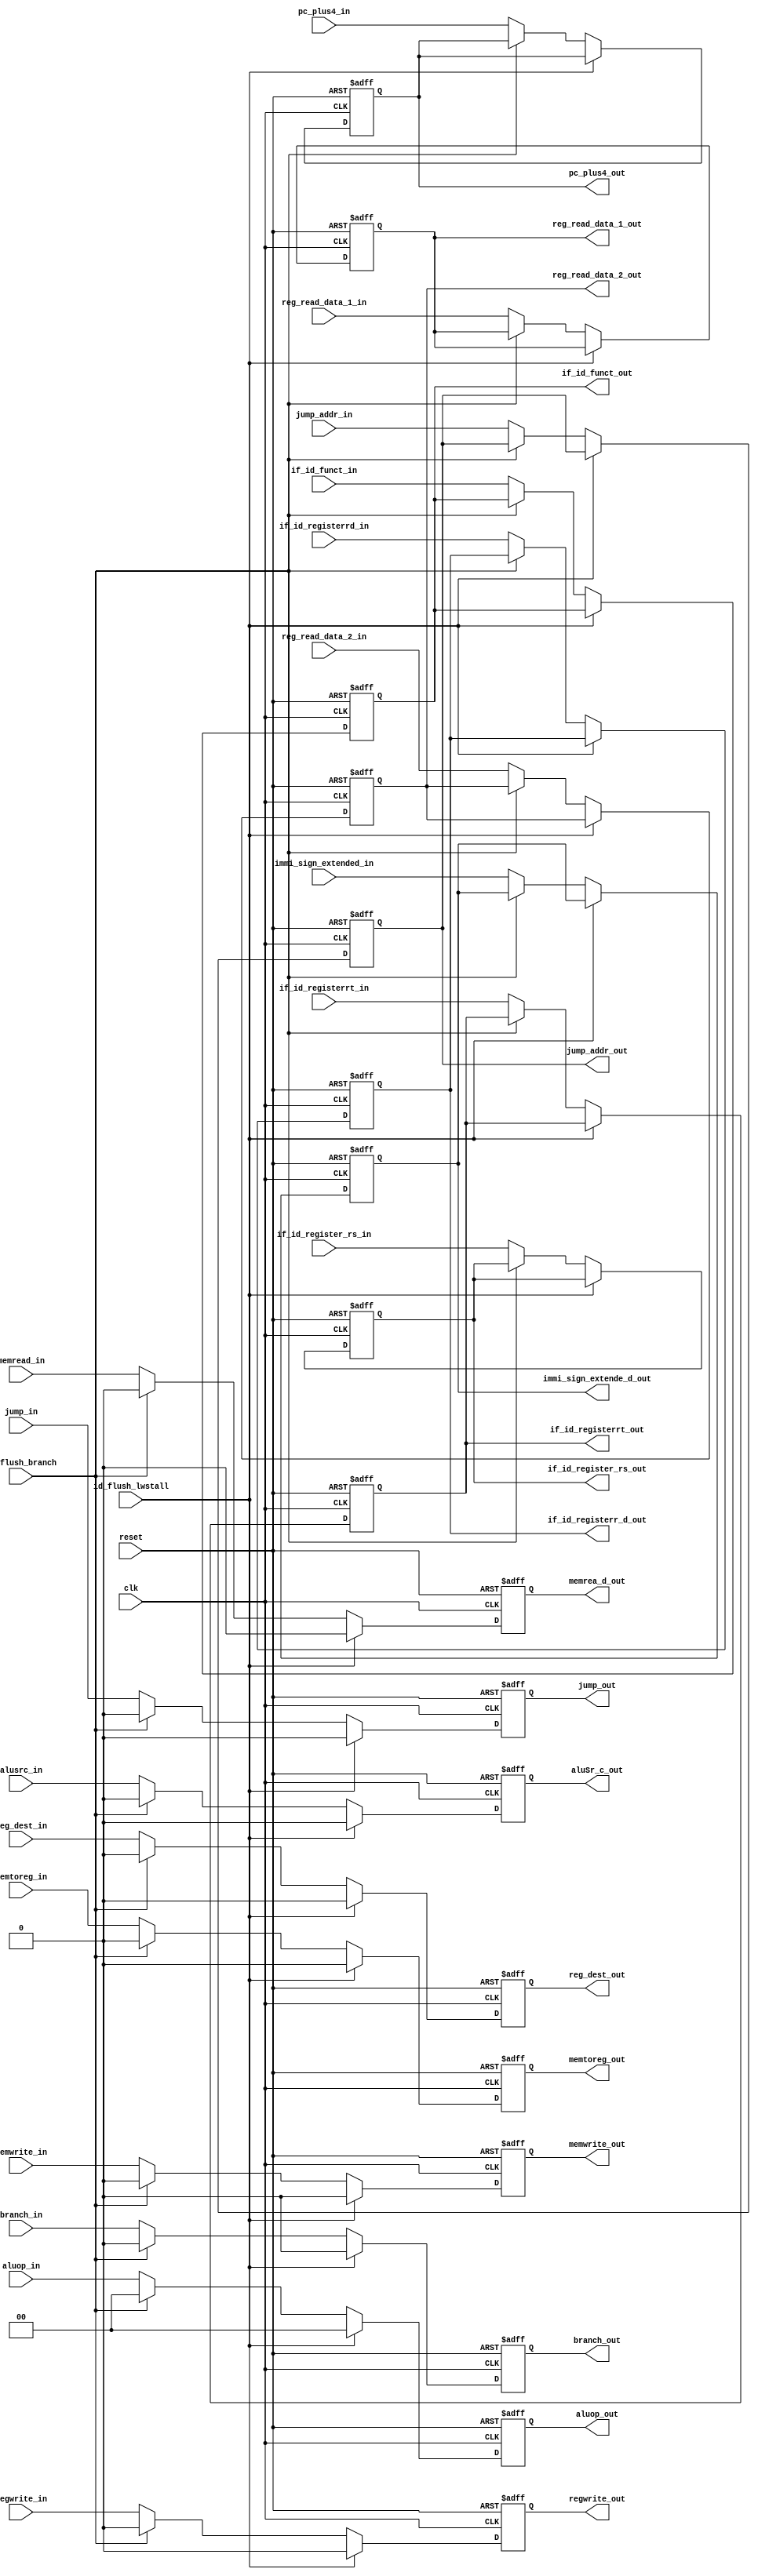
module id_ex_stage_reg (id_flush_lwstall, id_flush_branch, regwrite_in, memtoreg_in, regwrite_out, memtoreg_out, branch_in, memread_in, memwrite_in, jump_in, branch_out, memrea_d_out, memwrite_out, jump_out, reg_dest_in, alusrc_in, reg_dest_out, aluSr_c_out, aluop_in, aluop_out, jump_addr_in, pc_plus4_in, jump_addr_out, pc_plus4_out, reg_read_data_1_in, reg_read_data_2_in, immi_sign_extended_in, reg_read_data_1_out, reg_read_data_2_out, immi_sign_extende_d_out, if_id_register_rs_in, if_id_registerrt_in, if_id_registerrd_in, if_id_register_rs_out, if_id_registerrt_out, if_id_registerr_d_out,if_id_funct_in, if_id_funct_out,clk, reset);
	// 1. hazard control signal (sync rising edge)
	// if either id_flush_lwstall or id_flush_branch equals 1,
	// then clear all wb, mem and ex control signal to 0 on rising edge
	// do not need to clear addr, data or reg content
	input id_flush_lwstall, id_flush_branch;
	// 2. wb control signal
	input regwrite_in, memtoreg_in;
	output regwrite_out, memtoreg_out;
	// 3. mem control signal
	input branch_in, memread_in, memwrite_in, jump_in;
	output branch_out, memrea_d_out, memwrite_out, jump_out;
	// 4. ex control signal
	input reg_dest_in, alusrc_in;
	input [1:0] aluop_in;
	output reg_dest_out, aluSr_c_out;
	output [1:0] aluop_out;
	// 5. addr content
	input [31:0] jump_addr_in, pc_plus4_in;
	output [31:0] jump_addr_out, pc_plus4_out;
	// 6. data content
	input [31:0] reg_read_data_1_in, reg_read_data_2_in, immi_sign_extended_in;
	output [31:0] reg_read_data_1_out, reg_read_data_2_out, immi_sign_extende_d_out;
	// 7. reg content
	input [4:0] if_id_register_rs_in, if_id_registerrt_in, if_id_registerrd_in;
	output [4:0] if_id_register_rs_out, if_id_registerrt_out, if_id_registerr_d_out;
	input [5:0] if_id_funct_in;
	output [5:0] if_id_funct_out;
	// general signal
	// reset: async; set all register content to 0
	input clk, reset;
	
	reg regwrite_out, memtoreg_out;
	reg branch_out, memrea_d_out, memwrite_out, jump_out;
	reg reg_dest_out, aluSr_c_out;
	reg [1:0] aluop_out;
	reg [31:0] jump_addr_out, pc_plus4_out;
	reg [31:0] reg_read_data_1_out, reg_read_data_2_out, immi_sign_extende_d_out;
	reg [4:0] if_id_register_rs_out, if_id_registerrt_out, if_id_registerr_d_out;
	reg [5:0] if_id_funct_out;
	
	always @(posedge clk or posedge reset)
	begin
		if (reset == 1'b1)
		begin
			regwrite_out = 1'b0;
			memtoreg_out = 1'b0;
			branch_out = 1'b0;
			memrea_d_out = 1'b0;
			memwrite_out = 1'b0;
			jump_out = 1'b0;
			reg_dest_out = 1'b0;
			aluSr_c_out = 1'b0;
			aluop_out = 2'b0;
			jump_addr_out = 32'b0;
			pc_plus4_out = 32'b0;
			reg_read_data_1_out = 32'b0;
			reg_read_data_2_out = 32'b0;
			immi_sign_extende_d_out = 32'b0;
			if_id_register_rs_out = 5'b0;
			if_id_registerrt_out = 5'b0;
			if_id_registerr_d_out = 5'b0;
			if_id_funct_out = 6'b0;			
		end
		else if (id_flush_lwstall == 1'b1)
		begin
			regwrite_out = 1'b0;
			memtoreg_out = 1'b0;
			branch_out = 1'b0;
			memrea_d_out = 1'b0;
			memwrite_out = 1'b0;
			jump_out = 1'b0;
			reg_dest_out = 1'b0;
			aluSr_c_out = 1'b0;
			aluop_out = 2'b0;
		end
		else if (id_flush_branch == 1'b1)
		begin
			regwrite_out = 1'b0;
			memtoreg_out = 1'b0;
			branch_out = 1'b0;
			memrea_d_out = 1'b0;
			memwrite_out = 1'b0;
			jump_out = 1'b0;
			reg_dest_out = 1'b0;
			aluSr_c_out = 1'b0;
			aluop_out = 2'b0;
		end
		else begin
			regwrite_out = regwrite_in;
			memtoreg_out = memtoreg_in;
			branch_out = branch_in;
			memrea_d_out = memread_in;
			memwrite_out = memwrite_in;
			jump_out = jump_in;
			reg_dest_out = reg_dest_in;
			aluSr_c_out = alusrc_in;
			aluop_out = aluop_in;
			jump_addr_out = jump_addr_in;
			pc_plus4_out = pc_plus4_in;
			reg_read_data_1_out = reg_read_data_1_in;
			reg_read_data_2_out = reg_read_data_2_in;
			immi_sign_extende_d_out = immi_sign_extended_in;
			if_id_register_rs_out = if_id_register_rs_in;
			if_id_registerrt_out = if_id_registerrt_in;
			if_id_registerr_d_out = if_id_registerrd_in;
			if_id_funct_out = if_id_funct_in;
		end	
		
	end	
	
endmodule